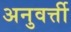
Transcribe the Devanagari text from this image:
अनुवर्त्ती